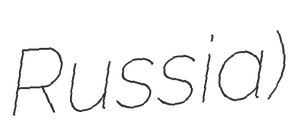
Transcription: Russia)